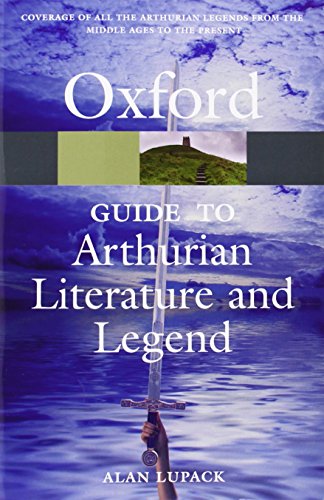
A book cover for The Oxford Guide to Arthurian Literature and Legend (Oxford Quick Reference); Alan Lupack; Literature & Fiction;